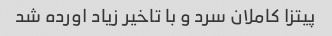
پیتزا کاملان سرد و با تاخیر زیاد اورده شد